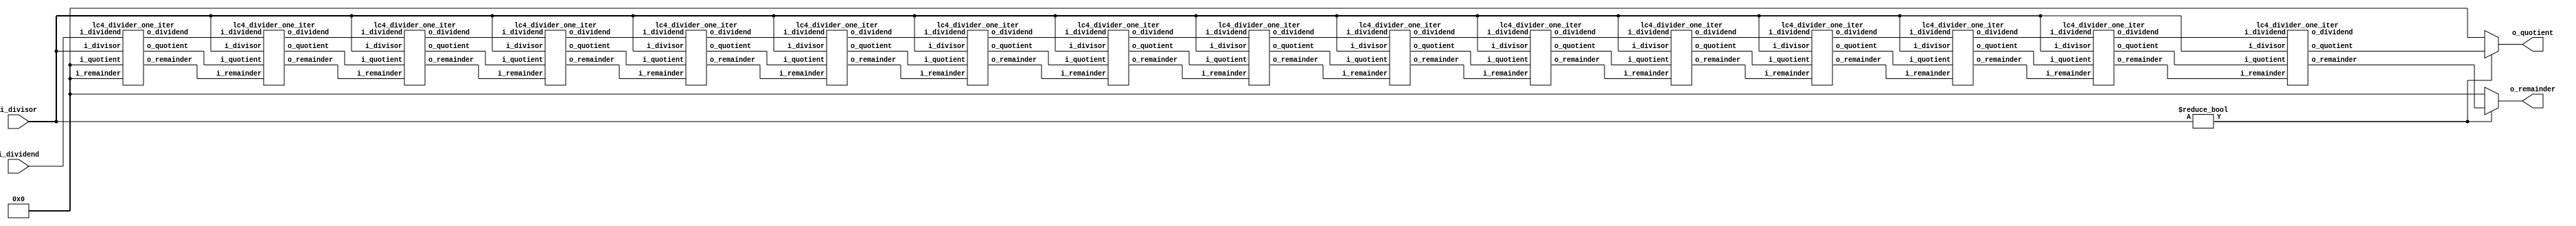
/* Dev Sharma - dsharm
 * Jamaal Hay - jamaalh
 */
 
`timescale 1ns / 1ps
`default_nettype none

module lc4_divider(input  wire [15:0] i_dividend,
                   input  wire [15:0] i_divisor,
                   output wire [15:0] o_remainder,
                   output wire [15:0] o_quotient);

      /*** YOUR CODE HERE ***/
      wire [15:0] dvd0, dvd1, dvd2, dvd3, dvd4, dvd5, dvd6, dvd7, dvd8, dvd9, dvd10, dvd11, dvd12, dvd13, dvd14, dvd15;
      wire [15:0] rem0, rem1, rem2, rem3, rem4, rem5, rem6, rem7, rem8, rem9, rem10, rem11, rem12, rem13, rem14, rem15; 
      wire [15:0] quo0, quo1, quo2, quo3, quo4, quo5, quo6, quo7, quo8, quo9, quo10, quo11, quo12, quo13, quo14, quo15; 
      lc4_divider_one_iter div0(.i_dividend(i_dividend), .i_divisor(i_divisor), .i_remainder(16'h0000), .i_quotient(16'h0000), .o_dividend(dvd0), .o_remainder(rem0), .o_quotient(quo0));
      lc4_divider_one_iter div1(.i_dividend(dvd0), .i_divisor(i_divisor), .i_remainder(rem0), .i_quotient(quo0), .o_dividend(dvd1), .o_remainder(rem1), .o_quotient(quo1));
      lc4_divider_one_iter div2(.i_dividend(dvd1), .i_divisor(i_divisor), .i_remainder(rem1), .i_quotient(quo1), .o_dividend(dvd2), .o_remainder(rem2), .o_quotient(quo2));
      lc4_divider_one_iter div3(.i_dividend(dvd2), .i_divisor(i_divisor), .i_remainder(rem2), .i_quotient(quo2), .o_dividend(dvd3), .o_remainder(rem3), .o_quotient(quo3));
      lc4_divider_one_iter div4(.i_dividend(dvd3), .i_divisor(i_divisor), .i_remainder(rem3), .i_quotient(quo3), .o_dividend(dvd4), .o_remainder(rem4), .o_quotient(quo4));
      lc4_divider_one_iter div5(.i_dividend(dvd4), .i_divisor(i_divisor), .i_remainder(rem4), .i_quotient(quo4), .o_dividend(dvd5), .o_remainder(rem5), .o_quotient(quo5));
      lc4_divider_one_iter div6(.i_dividend(dvd5), .i_divisor(i_divisor), .i_remainder(rem5), .i_quotient(quo5), .o_dividend(dvd6), .o_remainder(rem6), .o_quotient(quo6));
      lc4_divider_one_iter div7(.i_dividend(dvd6), .i_divisor(i_divisor), .i_remainder(rem6), .i_quotient(quo6), .o_dividend(dvd7), .o_remainder(rem7), .o_quotient(quo7));
      lc4_divider_one_iter div8(.i_dividend(dvd7), .i_divisor(i_divisor), .i_remainder(rem7), .i_quotient(quo7), .o_dividend(dvd8), .o_remainder(rem8), .o_quotient(quo8));
      lc4_divider_one_iter div9(.i_dividend(dvd8), .i_divisor(i_divisor), .i_remainder(rem8), .i_quotient(quo8), .o_dividend(dvd9), .o_remainder(rem9), .o_quotient(quo9));
      lc4_divider_one_iter div10(.i_dividend(dvd9), .i_divisor(i_divisor), .i_remainder(rem9), .i_quotient(quo9), .o_dividend(dvd10), .o_remainder(rem10), .o_quotient(quo10));
      lc4_divider_one_iter div11(.i_dividend(dvd10), .i_divisor(i_divisor), .i_remainder(rem10), .i_quotient(quo10), .o_dividend(dvd11), .o_remainder(rem11), .o_quotient(quo11));
      lc4_divider_one_iter div12(.i_dividend(dvd11), .i_divisor(i_divisor), .i_remainder(rem11), .i_quotient(quo11), .o_dividend(dvd12), .o_remainder(rem12), .o_quotient(quo12));
      lc4_divider_one_iter div13(.i_dividend(dvd12), .i_divisor(i_divisor), .i_remainder(rem12), .i_quotient(quo12), .o_dividend(dvd13), .o_remainder(rem13), .o_quotient(quo13));
      lc4_divider_one_iter div14(.i_dividend(dvd13), .i_divisor(i_divisor), .i_remainder(rem13), .i_quotient(quo13), .o_dividend(dvd14), .o_remainder(rem14), .o_quotient(quo14));
      lc4_divider_one_iter div15(.i_dividend(dvd14), .i_divisor(i_divisor), .i_remainder(rem14), .i_quotient(quo14), .o_dividend(), .o_remainder(rem15), .o_quotient(quo15));
      
      assign o_quotient = (i_divisor != 16'h0000) ? quo15 : 16'h0000;
      assign o_remainder = (i_divisor != 16'h0000) ? rem15 : 16'h0000;

endmodule // lc4_divider

module lc4_divider_one_iter(input  wire [15:0] i_dividend,
                            input  wire [15:0] i_divisor,
                            input  wire [15:0] i_remainder,
                            input  wire [15:0] i_quotient,
                            output wire [15:0] o_dividend,
                            output wire [15:0] o_remainder,
                            output wire [15:0] o_quotient);

      /*** YOUR CODE HERE ***/
      wire [15:0] remainder_temp, quotient_temp;
	assign remainder_temp = (i_remainder << 1) | ((i_dividend >> 15)&16'h0001);
	assign quotient_temp = i_quotient << 1;
	assign o_quotient = 	(i_divisor == 16'h0000) ? 16'h0000 :
				(remainder_temp < i_divisor) ? quotient_temp : 
				(quotient_temp | 16'h0001);
	assign o_remainder = 	(i_divisor == 16'h0000) ? 16'h0000 : 
				(remainder_temp < i_divisor) ? remainder_temp : 
				(remainder_temp - i_divisor);
	assign o_dividend = i_dividend << 1;
      

endmodule